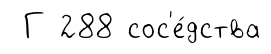
Г 288 сос'е́дства